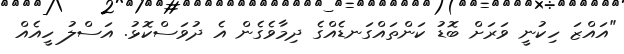
"އައްޒަ ހިކުނީ ވަރަށް ބޮޑު ކަންތައްގަނޑެއްގެ ދިމާވެގެން އެ ދުވަސްކޮޅު. އަސްލު ހީއެއް